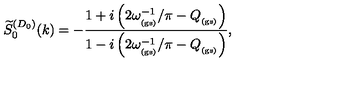
\widetilde { S } _ { 0 } ^ { ( D _ { 0 } ) } ( k ) = - \frac { 1 + i \left( 2 \omega _ { _ \mathrm { ( g s ) } } ^ { - 1 } / \pi - Q _ { _ \mathrm { ( g s ) } } \right) } { 1 - i \left( 2 \omega _ { _ \mathrm { ( g s ) } } ^ { - 1 } / \pi - Q _ { _ \mathrm { ( g s ) } } \right) } ,